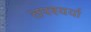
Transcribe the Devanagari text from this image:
तपश्यर्या